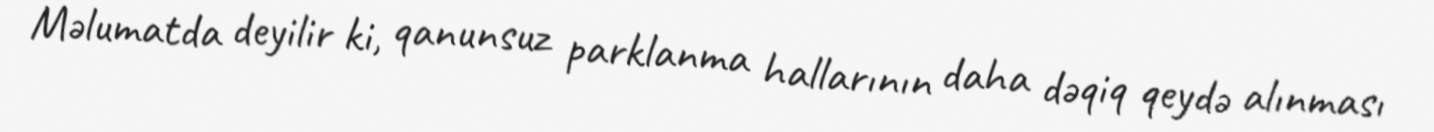
Məlumatda deyilir ki, qanunsuz parklanma hallarının daha dəqiq qeydə alınması